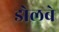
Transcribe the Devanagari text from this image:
डोलबे